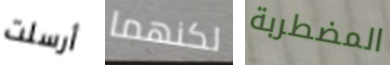
أرسلت لكنهما المضطربة